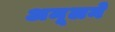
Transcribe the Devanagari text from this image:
अमूलने